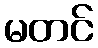
မတင်